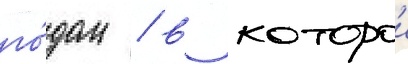
го́дом / в которои